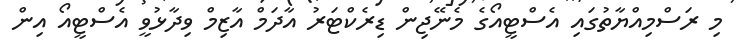
މި ރަސްމިއްޔާތުގައި އެސްޓީއޯގެ މެނޭޖިން ޑިރެކްޓަރު އާދަމް އާޒިމް ވިދާޅުވީ އެސްޓީއޯ އިން